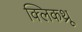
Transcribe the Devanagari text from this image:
क्लिकथ्रू